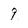
Character: 9